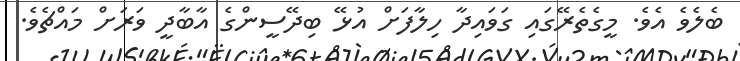
ބެލެވެ އެވެ. މީގެތެރޭގައި ގަވައިދާ ހިލާފަށް އުޅޭ ބިދޭސީންގެ އާބާދީ ވަރަށް މައްޗެވެ.